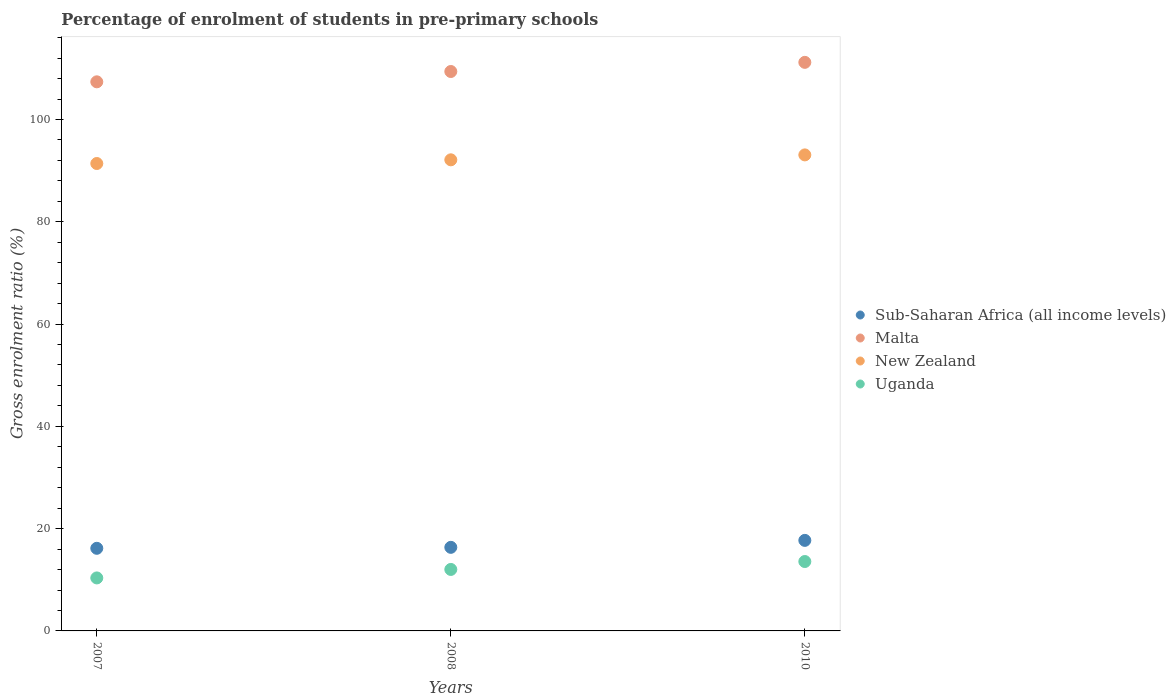
| Years | Sub-Saharan Africa (all income levels) | Malta | New Zealand | Uganda |
 | --- | --- | --- | --- | --- |
 | 2007 | 16.2 | 107 | 91.4 | 10.4 |
 | 2008 | 16.3 | 109 | 92.1 | 12 |
 | 2010 | 17.7 | 111 | 93.1 | 13.6 |